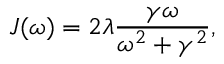
J ( \omega ) = 2 \lambda \frac { \gamma \omega } { \omega ^ { 2 } + \gamma ^ { 2 } } ,